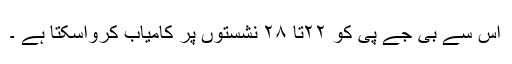
اس سے بی جے پی کو ۲۲تا ۲۸ نشستوں پر کامیاب کرواسکتا ہے ۔